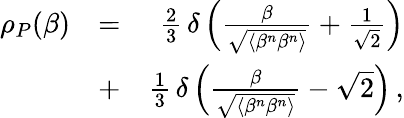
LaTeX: \begin{array}{rlr}{\rho_{P}(\beta)}&{=}&{\frac{2}{3}\, \delta\left(\frac{\beta}{\sqrt{\langle\beta^{n}\beta^{n}\rangle}}+\frac{1}{\sqrt{2}}\right)}\\ &{+}&{\frac{1}{3}\, \delta\left(\frac{\beta}{\sqrt{\langle\beta^{n}\beta^{n}\rangle}}-\sqrt{2}\right)\, ,}\end{array}